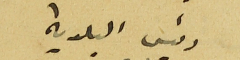
رئيس البلدية